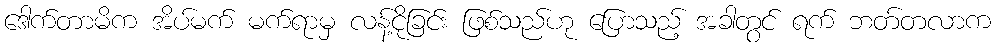
ဒေါက်တာမိက အိပ်မက် မက်ရာမှ လန့်ငိုခြင်း ဖြစ်သည်ဟု ပြောသည့် အခါတွင် ရက် ဘတ်တလာက